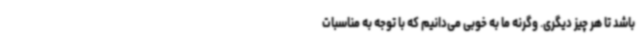
باشد تا هر چیز دیگری. وگرنه ما به خوبی می‌دانیم که با توجه به مناسبات